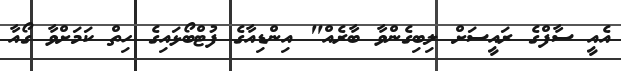
އެއީ ސާފްގެ ރައީސަށް ލިބިގެންވާ ބާރެއް" އިންޑިއާގެ ފުޓްބޯޅައިގެ ހިތް ކަމަށްވާ ގޯއާ